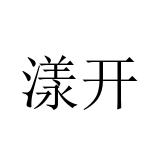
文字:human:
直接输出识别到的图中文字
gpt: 漾开